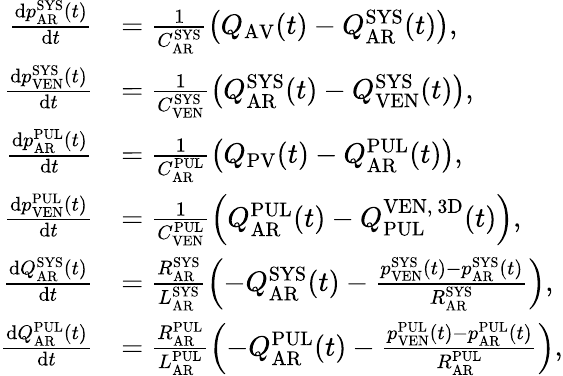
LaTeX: \begin{array}{rl}{\frac{\mathrm dp_{\mathrm{AR}}^{\mathrm{SYS}}(t)}{\mathrm dt}}&{=\frac{1}{C_{\mathrm{AR}}^{\mathrm{SYS}}}\left(Q_{\mathrm{AV}}(t)-Q_{\mathrm{AR}}^{\mathrm{SYS}}(t)\right),}\\ {\frac{\mathrm dp_{\mathrm{VEN}}^{\mathrm{SYS}}(t)}{\mathrm dt}}&{=\frac{1}{C_{\mathrm{VEN}}^{\mathrm{SYS}}}\left(Q_{\mathrm{AR}}^{\mathrm{SYS}}(t)-Q_{\mathrm{VEN}}^{\mathrm{SYS}}(t)\right),}\\ {\frac{\mathrm dp_{\mathrm{AR}}^{\mathrm{PUL}}(t)}{\mathrm dt}}&{=\frac{1}{C_{\mathrm{AR}}^{\mathrm{PUL}}}\left(Q_{\mathrm{PV}}(t)-Q_{\mathrm{AR}}^{\mathrm{PUL}}(t)\right),}\\ {\frac{\mathrm dp_{\mathrm{VEN}}^{\mathrm{PUL}}(t)}{\mathrm dt}}&{=\frac{1}{C_{\mathrm{VEN}}^{\mathrm{PUL}}}\left(Q_{\mathrm{AR}}^{\mathrm{PUL}}(t)-Q_{\mathrm{PUL}}^{\mathrm{VEN,~3D}}(t)\right),}\\ {\frac{\mathrm dQ_{\mathrm{AR}}^{\mathrm{SYS}}(t)}{\mathrm dt}}&{=\frac{R_{\mathrm{AR}}^{\mathrm{SYS}}}{L_{\mathrm{AR}}^{\mathrm{SYS}}}\left(-Q_{\mathrm{AR}}^{\mathrm{SYS}}(t)-\frac{p_{\mathrm{VEN}}^{\mathrm{SYS}}(t)-p_{\mathrm{AR}}^{\mathrm{SYS}}(t)}{R_{\mathrm{AR}}^{\mathrm{SYS}}}\right),}\\ {\frac{\mathrm dQ_{\mathrm{AR}}^{\mathrm{PUL}}(t)}{\mathrm dt}}&{=\frac{R_{\mathrm{AR}}^{\mathrm{PUL}}}{L_{\mathrm{AR}}^{\mathrm{PUL}}}\left(-Q_{\mathrm{AR}}^{\mathrm{PUL}}(t)-\frac{p_{\mathrm{VEN}}^{\mathrm{PUL}}(t)-p_{\mathrm{AR}}^{\mathrm{PUL}}(t)}{R_{\mathrm{AR}}^{\mathrm{PUL}}}\right),}\end{array}